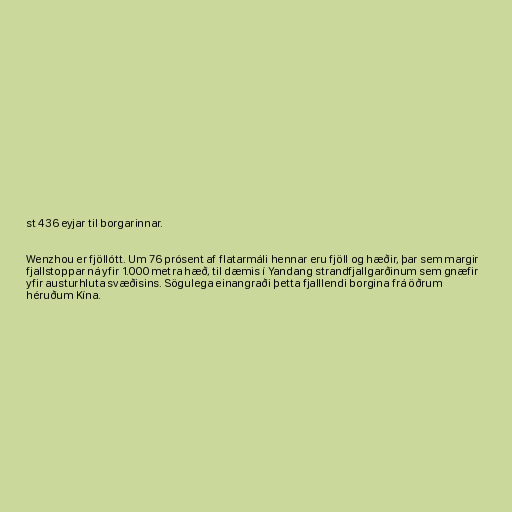
st 436 eyjar til borgarinnar.

Wenzhou er fjöllótt. Um 76 prósent af flatarmáli hennar eru fjöll og hæðir, þar sem margir
fjallstoppar ná yfir 1.000 metra hæð, til dæmis í Yandang strandfjallgarðinum sem gnæfir
yfir austurhluta svæðisins. Sögulega einangraði þetta fjalllendi borgina frá öðrum
héruðum Kína.